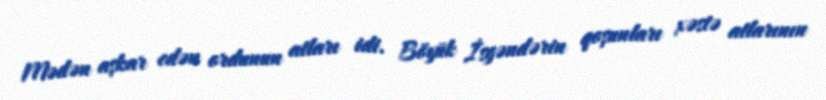
Mədən aşkar edən ordunun atları idi. Böyük İsgəndərin qoşunları xəstə atlarının